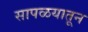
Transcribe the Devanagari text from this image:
सापळयातून